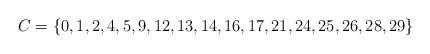
LaTeX: \begin{align*}C = \{ 0, 1, 2, 4, 5, 9, 12, 13, 14, 16, 17, 21, 24, 25, 26, 28, 29 \}\end{align*}